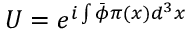
U = e ^ { i \int \bar { \phi } \pi ( x ) d ^ { 3 } x }